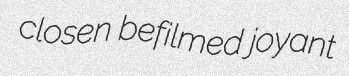
closen befilmed joyant